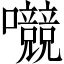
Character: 𱕳